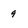
Character: 9